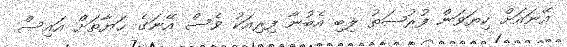
އޭނައަށް ކިޔަވަން ފުރުޞަތު ލިބި އެބުނާ ފިރިއަކު ވެސް އޭނަގެ ޙަޔާތަށް އައިސް